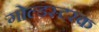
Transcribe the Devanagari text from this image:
गोल्डस्टरक